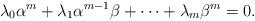
LaTeX: \begin{align*} \lambda_0\alpha^m+\lambda_1 \alpha^{m-1}\beta+\cdots +\lambda_m\beta^m=0. \end{align*}